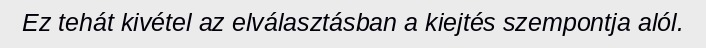
Ez tehát kivétel az elválasztásban a kiejtés szempontja alól.